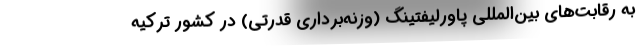
به رقابت‌های بین‌المللی پاورلیفتینگ (وزنه‌برداری قدرتی) در کشور ترکیه